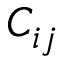
C _ { i j }